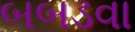
બબડવા